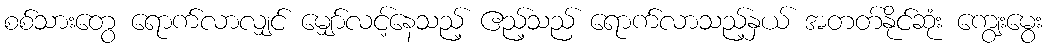
စစ်သားတွေ ရောက်လာလျှင် မျှော်လင့်နေသည့် ဧည့်သည် ရောက်လာသည့်နှယ် အတတ်နိုင်ဆုံး ကျွေးမွေး